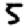
Digit: 5